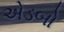
એડબો